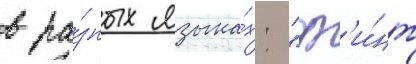
в ра́зных языка́х: "ф'и́нт